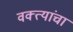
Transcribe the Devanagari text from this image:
वक्त्यांचा